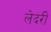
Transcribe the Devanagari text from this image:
लेदरी